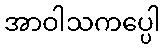
အာဝါသကပ္ပေါ